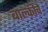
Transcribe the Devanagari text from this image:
बाल्कीचे